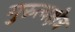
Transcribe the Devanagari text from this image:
गुरुत्वक्षेत्र